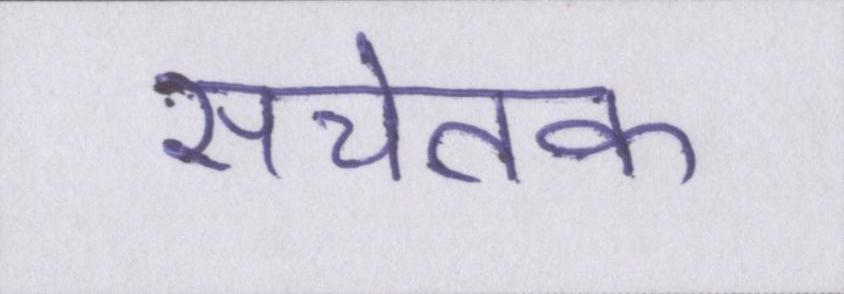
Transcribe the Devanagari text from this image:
सचेतक